Leprosy in India: report of the Leprosy Commission in India, 1890-91
Year: 1890
Disease focus: Leprosy
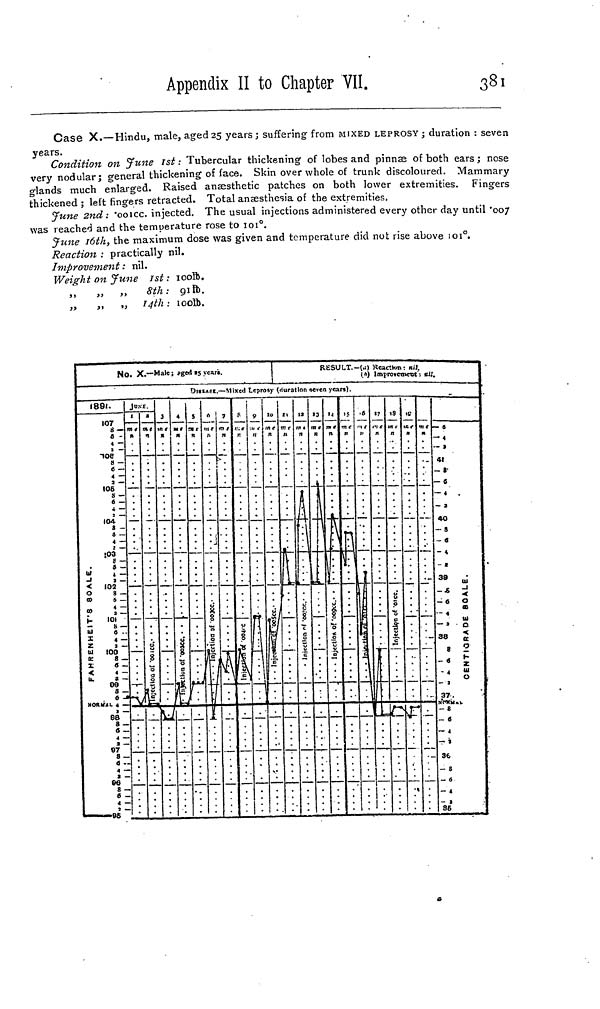
Appendix II to Chapter VII.
381
Case X.—Hindu, male, aged 25 years; suffering from MIXED LEPROSY; duration : seven
years.
Condition on June 1st : Tubercular thickening of lobes and pinnæ of both ears ; nose
very nodular; general thickening of face. Skin over whole of trunk discoloured. Mammary
glands much enlarged. Raised anæsthetic patches on both lower extremities. Fingers
thickened ; left fingers retracted. Total anæsthesia of the extremities.
June 2nd: '001cc. injected. The usual injections administered every other day until '007
was reached and the temperature rose to 101º.
June 16th, the maximum dose was given and temperature did not rise above 101º.
Reaction : practically nil.
Improvement : nil.
Weight on June 1st : 100lb.
,,
„
„
8th: 91lb.
„
,, „ 14th : 100ft.